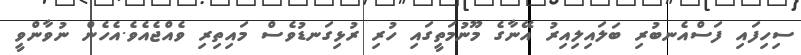
ސިހިފައި ފަސްއެނބުރި ބަލައިލިއިރު އޭނާގެ މޫނުމަތީގައި ހުރި ރުޅިގަނޑުވެސް މައިތިރި ވެއްޖެއެވެ.އެހެން ނުވާންވީ